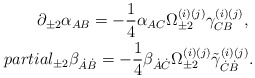
\begin{align*}\partial_{\pm2}\alpha_{AB}=-\frac14\alpha_{AC}\Omega^{(i)(j)}_{\pm2}\gamma^{(i)(j)}_{CB},\ \\partial_{\pm2}\beta_{\dot A\dot B}=-\frac14\beta_{\dot A\dot C}\Omega^{(i)(j)}_{\pm2}\tilde \gamma^{(i)(j)}_{\dot C\dot B}.\end{align*}